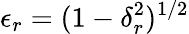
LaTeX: \epsilon_{r}=(1-\delta_{r}^{2})^{1/2}